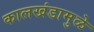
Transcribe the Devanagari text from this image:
कालखंडामुळे